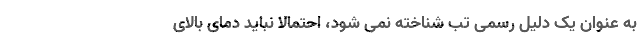
به عنوان یک دلیل رسمی تب شناخته نمی شود، احتمالا نباید دمای بالای